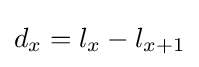
d_{x}=l_{x}-l_{x+1}